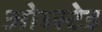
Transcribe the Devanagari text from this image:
ओम्स्टेड